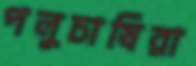
পলুচাষিরা